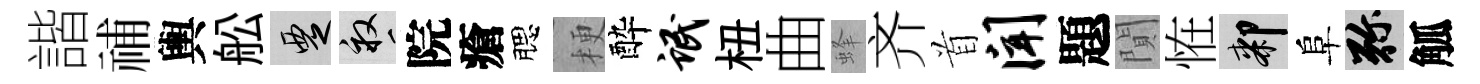
諧𥙷輿舩覂畝院瘡腮梗酔氓杻曲蜂齐首闻題閴恠膝阜弥觚